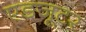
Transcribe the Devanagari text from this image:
एडजूटर